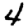
Digit: 4